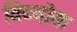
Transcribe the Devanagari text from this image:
विब्वोक